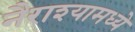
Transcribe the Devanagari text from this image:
नैराश्यामध्ये